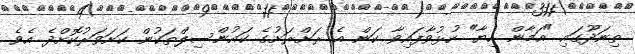
ތިނަދޫގައި "އަމާން ހިޔާ" ހުޅުވާފައިވާ ކަން އެ ރަށްރަށުގެ ކައުންސިލްތަކުން ކަށަވަރުކޮށްދެ އެވެ.